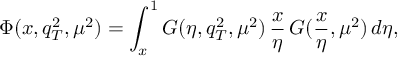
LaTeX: \Phi ( x , q _ { T } ^ { 2 } , \mu ^ { 2 } ) = \int _ { x } ^ { 1 } { \cal G } ( \eta , q _ { T } ^ { 2 } , \mu ^ { 2 } ) \, \frac { x } { \eta } \, G ( \frac { x } { \eta } , \mu ^ { 2 } ) \, d \eta ,